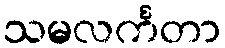
သမလင်္ကတာ